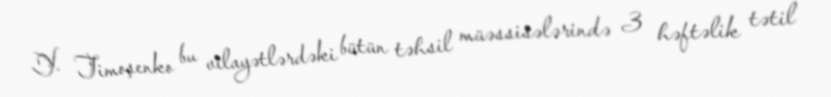
Y. Timoşenko bu vilayətlərdəki bütün təhsil müəssisələrində 3 həftəlik tətil